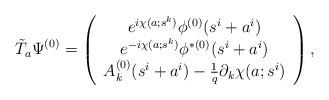
\begin{align*}\tilde{T}_{a}\Psi^{(0)} = \left(\begin{array}{c} e^{i \chi(a; s^k)} \phi^{(0)}(s^i + a^i) \\ e^{-i \chi(a; s^k)} \phi^{\ast (0)}(s^i + a^i) \\ A^{(0)}_{k}(s^i + a^i) - \frac{1}{q} \partial_k \chi(a;s^i) \end{array} \right),\end{align*}